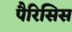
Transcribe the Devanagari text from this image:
पैरिसिस